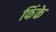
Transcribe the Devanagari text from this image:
फिंके